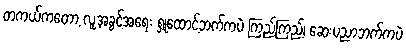
တကယ်ကတော့ လူ့အခွင့်အရေး ရှုထောင့်ဘက်ကပဲ ကြည့်ကြည့်၊ ဆေးပညာဘက်ကပဲ